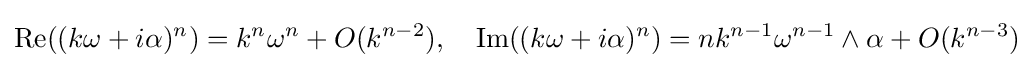
\operatorname {Re} ((k\omega +i\alpha )^{n})=k^{n}\omega ^{n}+O(k^{n-2}),\quad \operatorname {Im} ((k\omega +i\alpha )^{n})=nk^{n-1}\omega ^{n-1}\wedge \alpha +O(k^{n-3})